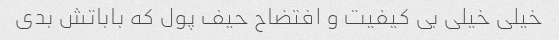
خیلی خیلی بی کیفیت و افتضاح حیف پول که باباتش بدی